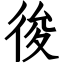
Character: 𢓭